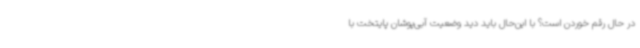
در حال رقم خوردن است؟ با این‌حال باید دید وضعیت آبی‌پوشان پایتخت با